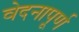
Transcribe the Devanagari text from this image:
वेदनापूर्ण